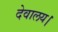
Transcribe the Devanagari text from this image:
देवालय।